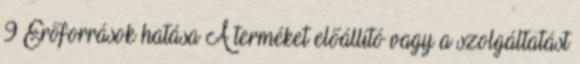
9 Erőforrások hatása A terméket előállító vagy a szolgáltatást